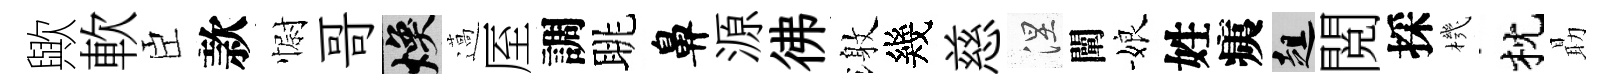
歟軟臣款𢠢哥焕薖厔調眺鼻源彿激幾慈涅闡娘姓痍趄閲採機枕朂